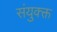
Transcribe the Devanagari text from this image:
संयुक्क्त